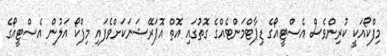
މިފްކޯއަކީ ކުރިންވެސް އެސްޓީއޯގެ ޑިޕާޓްމަންޓެއްގެ ގޮތުގައި އޮތް އޮޕަރޭޝަނަކަށްވެފައި މިފްކޯ އަލުން އެސްޓީއޯގެ